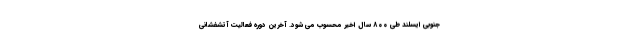
جنوبی ایسلند طی ۸۰۰ سال اخیر محسوب می شود. آخرین دوره فعالیت آتشفشانی